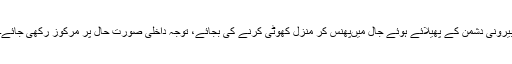
بیرونی دشمن کے پھیلائے ہوئے جال میںپھنس کر منزل کھوٹی کرنے کی بجائے، توجہ داخلی صورتِ حال پر مرکوز رکھی جائے۔